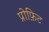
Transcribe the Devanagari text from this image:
प्रोफ़िट